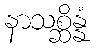
နာသစ္ဆိန္နံ